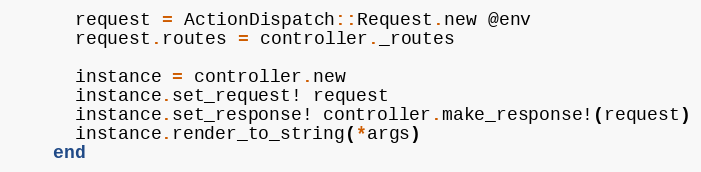
Language: Ruby
      request = ActionDispatch::Request.new @env
      request.routes = controller._routes

      instance = controller.new
      instance.set_request! request
      instance.set_response! controller.make_response!(request)
      instance.render_to_string(*args)
    end